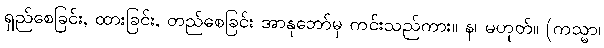
ရှည်စေခြင်း, ထားခြင်း, တည်စေခြင်း အာနုဘော်မှ ကင်းသည်ကား။ န၊ မဟုတ်။ (ကသ္မာ၊